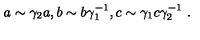
a \sim \gamma _ { 2 } a , b \sim b \gamma _ { 1 } ^ { - 1 } , c \sim \gamma _ { 1 } c \gamma _ { 2 } ^ { - 1 } \ .